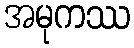
အမုကဿ